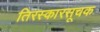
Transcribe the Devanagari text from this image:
तिरस्कारसूचक